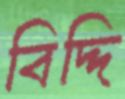
বিদ্দি